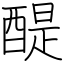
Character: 醍